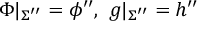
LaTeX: \Phi | _ { \Sigma ^ { \prime \prime } } = \phi ^ { \prime \prime } , ~ g | _ { \Sigma ^ { \prime \prime } } = h ^ { \prime \prime }